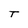
Character: T